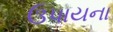
ઉપાયના